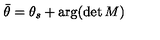
{ \bar { \theta } } = \theta _ { s } + \arg ( \det M )